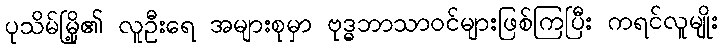
ပုသိမ်မြို့၏ လူဦးရေ အများစုမှာ ဗုဒ္ဓဘာသာဝင်များဖြစ်ကြပြီး ကရင်လူမျိုး